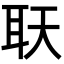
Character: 𦔿